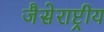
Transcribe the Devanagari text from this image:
जैसेराष्ट्रीय